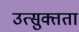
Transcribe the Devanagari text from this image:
उत्सुक्तता